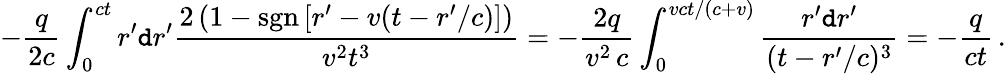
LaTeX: -\frac{q}{2c}\int_{0}^{ct}r^{\prime}\mathtt{d}r^{\prime}\frac{2\left(1-\mathrm{sgn}\left[r^{\prime}-v(t-r^{\prime}/c)\right]\right)}{v^{2}t^{3}}=-\frac{2q}{v^{2}\, c}\int_{0}^{vct/(c+v)}\frac{r^{\prime}\mathtt{d}r^{\prime}}{(t-r^{\prime}/c)^{3}}=-\frac{q}{ct}\, .